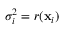
\sigma _ { i } ^ { 2 } = r ( \mathbf { x } _ { i } )